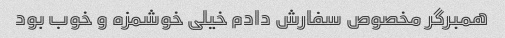
همبرگر مخصوص سفارش دادم خیلی خوشمزه و خوب بود